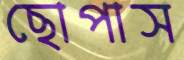
ছোপাস